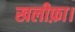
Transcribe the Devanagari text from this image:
खलीफ़ा।